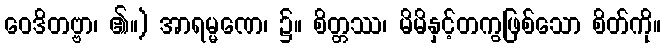
ဝေဒိတဗ္ဗာ၊ ၏။) အာရမ္မဏေ၊ ၌။ စိတ္တဿ၊ မိမိနှင့်တကွဖြစ်သော စိတ်ကို။